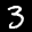
Label: 3